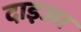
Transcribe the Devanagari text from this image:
दाइआ